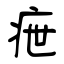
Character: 疶